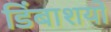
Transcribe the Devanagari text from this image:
डिंबाशयों